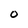
Character: O